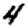
Digit: 4